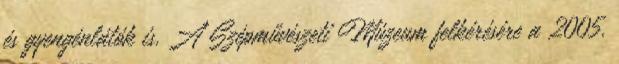
és gyengénlátók is. A Szépművészeti Múzeum felkérésére a 2005.